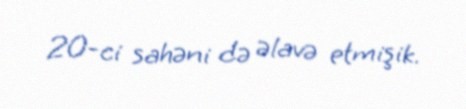
20-ci sahəni də əlavə etmişik.